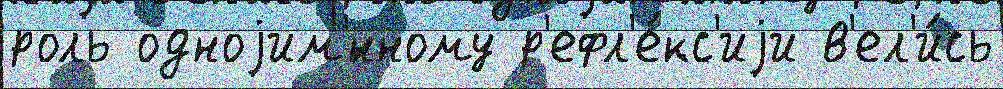
роль одноjим'́нному р'ефл'е́кс'иjи в'ел'и́сь